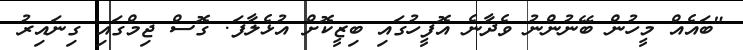
"ބައެއް މީހުން ބޭނުންނު ވެދާނެ އޮފީހުގައި ބިޒީކޮށް އުޅެލާފަ. ގޮސް ޖިމްގައި ގިނައިރު